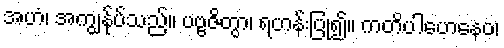
အဟံ၊ အကျွန်ုပ်သည်။ ပဗ္ဗဇိတွာ၊ ရဟန်းပြု၍။ ကတိပါဟေနေဝ၊